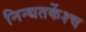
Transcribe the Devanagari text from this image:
निन्द्यतर्केश्च